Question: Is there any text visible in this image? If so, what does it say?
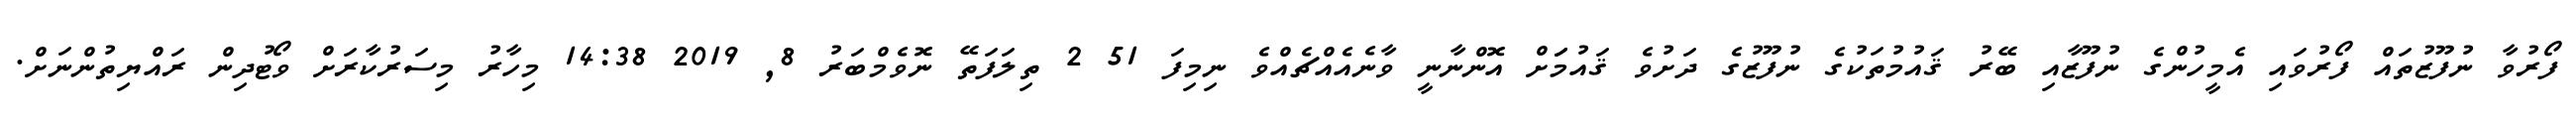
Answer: ފޯރުވާ ނުފޫޒުތައް ފޯރުވައި އެމީހުންގެ ނުފޫޒާއި ބޭރު ޤައުމުތަކުގެ ނުފޫޒުގެ ދަށުވެ ޤައުމަަށް އޮންނާނީ ވާނެއެއްޗެއްވެ ނިމިފަ 51 2 ތިލަފަތޭ ނޮވެމްބަރު 8, 2019 14:38 މިހާރު މިސަރުކާރަށް ވޯޓުދިން ރައްޔިތުންނަށް.